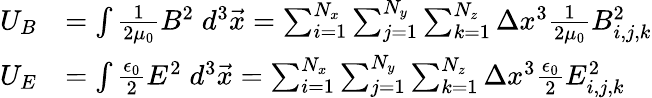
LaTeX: \begin{array}{rl}{U_{B}}&{=\int\frac{1}{2\mu_{0}}B^{2}\; d^{3}\vec{x}=\sum_{i=1}^{N_{x}}\sum_{j=1}^{N_{y}}\sum_{k=1}^{N_{z}}\Delta x^{3}\frac{1}{2\mu_{0}}B_{i,j,k}^{2}}\\ {U_{E}}&{=\int\frac{\epsilon_{0}}{2}E^{2}\; d^{3}\vec{x}=\sum_{i=1}^{N_{x}}\sum_{j=1}^{N_{y}}\sum_{k=1}^{N_{z}}\Delta x^{3}\frac{\epsilon_{0}}{2}E_{i,j,k}^{2}}\end{array}